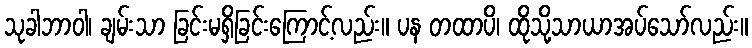
သုခါဘာဝါ၊ ချမ်းသာ ခြင်းမရှိခြင်းကြောင့်လည်း။ ပန တထာပိ၊ ထိုသို့သာယာအပ်သော်လည်း။